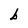
Character: b